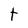
Character: t